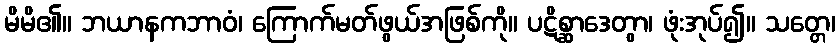
မိမိ၏။ ဘယာနကဘာဝံ၊ ကြောက်မတ်ဖွယ်အဖြစ်ကို။ ပဋိစ္ဆာဒေတွာ၊ ဖုံးအုပ်၍။ သတ္တေ၊